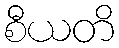
စီယတိ